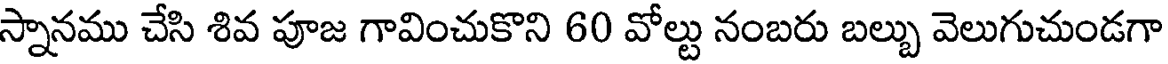
స్నానము చేసి శివ పూజ గావించుకొని 60 వోల్టు నంబరు బల్బు వెలుగుచుండగా